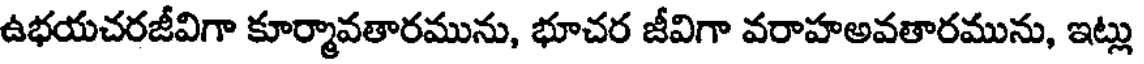
ఉభయచరజీవిగా కూర్మావతారమును, భూచర జీవిగా వరాహఅవతారమును, ఇట్లు